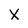
Character: X